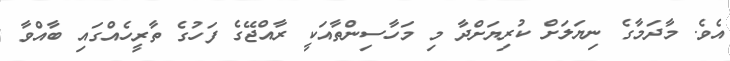
އެވެ. މާދަމާގެ ނިޔަލަށް ކުރިޔަށްދާ މި މަހާސިންތާއަކީ ރާއްޖޭގެ ފަހުގެ ތާރީހެއްގައި ބާއްވާ